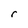
Character: r